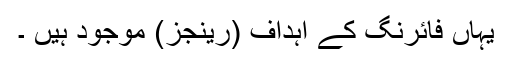
یہاں فائرنگ کے اہداف (رینجز) موجود ہیں ۔